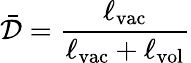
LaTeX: \bar{\mathcal{D}}=\frac{\ell_{\mathrm{vac}}}{\ell_{\mathrm{vac}}+\ell_{\mathrm{vol}}}